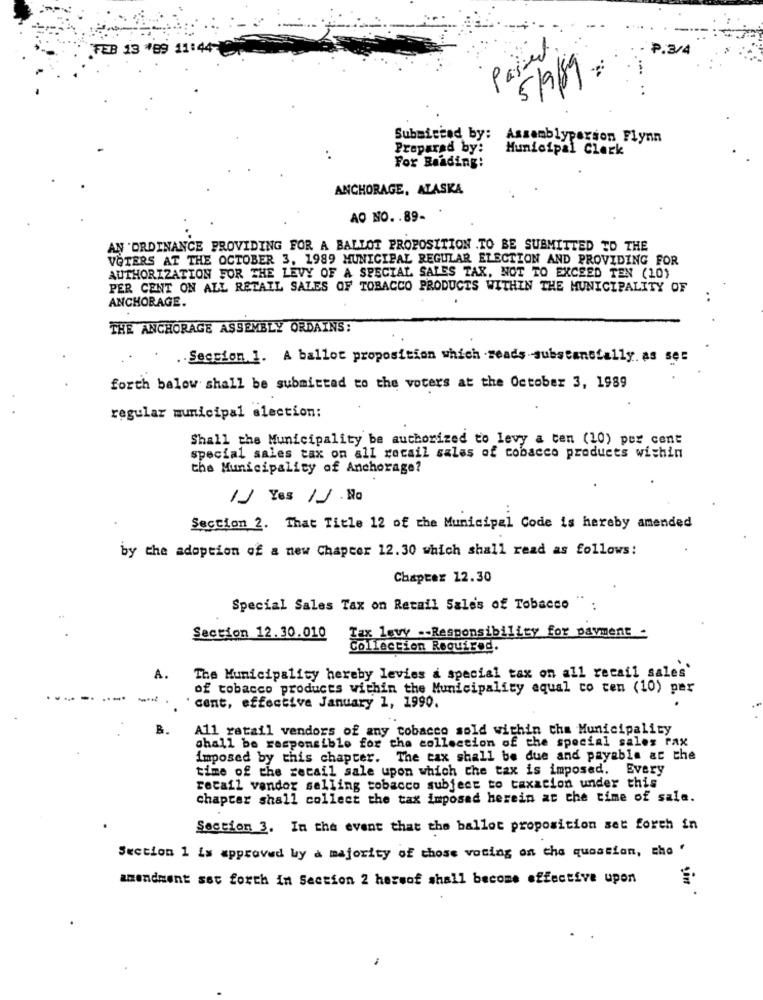
FEB 13 489 11:44
Passed.
₱.3/4
5/9/19
Submitted by: Assemblyperson Flynn
Preparad by:
Municipal Clark
..
For Reading:
ANCHORAGE, ATASKA
AO NO. . 89-
AN 'ORDINANCE PROVIDING FOR A BALLOT PROPOSITION .TO BE SUBMITTED TO THE
VOTERS AT THE OCTOBER 3, 1989 MUNICIPAL REGULAR ELECTION AND PROVIDING FOR
AUTHORIZATION FOR THE LEVY OF A SPECIAL SALES TAX, NOT TO EXCEED TEN (10)
PER CENT ON ALL RETAIL SALES OF TOBACCO PRODUCTS WITHIN THE MUNICIPALITY OF
ANCHORAGE.
..
THE ANCHORAGE ASSEMBLY ORDAINS:
.Seccion 1. A ballot proposition which reads substanofally. as ses
forth balow shall be submitted to the voters at the October 3, 1989
regular municipal election:
Shall the Municipality be authorized to levy a ten (10) per cent
special sales tax on all retail sales of cobacco products wishin
the Municipality of Anchorage?
// Yes /_/ . Na
Section 2. That Title 12 of the Municipal Code is hereby amended
by the adoption of a new Chapter 12.30 which shall read as follows:
Chapter 12.30
Special Sales Tax on Retail Sales of Tobacco
Section 12.30.010
Tax levy -- Responsibility for payment -
Collection Required.
A.
The Municipality hereby levies a special tax on all retail sales'
of tobacco products within the Municipality equal co ten (10) per
'cent, effective January 1, 1990.
B.
A11 retail vendors of any tobacco sold within the Municipality
shall be responsible for the collection of the special sales rax
imposed by this chapter. The tax shall be due and payable at the
time of the retail sale upon which the tax is imposed. Every
retail vendor selling tobacco subject to taxacion under this
chapter shall collect the tax imposad herein at the time of sale.
Section 3. In the event that the ballot proposition set forth in
Section 1 is approved by a majority of those voting on the quoation, the '
amendment set forth in Section 2 hessof shall become effective upon